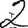
Digit: 2